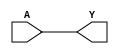
module techlib_slice (A, Y);
parameter OFFSET = 0;
parameter A_WIDTH = 0;
parameter Y_WIDTH = 0;
input [A_WIDTH-1:0] A;
output [Y_WIDTH-1:0] Y;
assign Y = A >> OFFSET;
endmodule